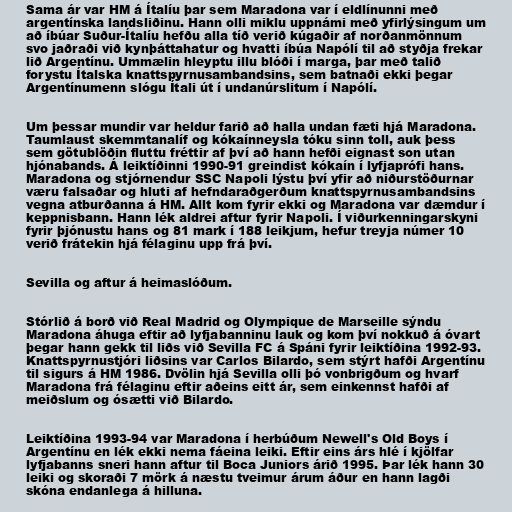
Sama ár var HM á Ítalíu þar sem Maradona var í eldlínunni með
argentínska landsliðinu. Hann olli miklu uppnámi með yfirlýsingum um
að íbúar Suður-Ítalíu hefðu alla tíð verið kúgaðir af norðanmönnum
svo jaðraði við kynþáttahatur og hvatti íbúa Napólí til að styðja frekar
lið Argentínu. Ummælin hleyptu illu blóði í marga, þar með talið
forystu Ítalska knattspyrnusambandsins, sem batnaði ekki þegar
Argentínumenn slógu Ítali út í undanúrslitum í Napólí.

Um þessar mundir var heldur farið að halla undan fæti hjá Maradona.
Taumlaust skemmtanalíf og kókaínneysla tóku sinn toll, auk þess
sem götublöðin fluttu fréttir af því að hann hefði eignast son utan
hjónabands. Á leiktíðinni 1990-91 greindist kókaín í lyfjaprófi hans.
Maradona og stjórnendur SSC Napoli lýstu því yfir að niðurstöðurnar
væru falsaðar og hluti af hefndaraðgerðum knattspyrnusambandsins
vegna atburðanna á HM. Allt kom fyrir ekki og Maradona var dæmdur í
keppnisbann. Hann lék aldrei aftur fyrir Napoli. Í viðurkenningarskyni
fyrir þjónustu hans og 81 mark í 188 leikjum, hefur treyja númer 10
verið frátekin hjá félaginu upp frá því.

Sevilla og aftur á heimaslóðum.

Stórlið á borð við Real Madrid og Olympique de Marseille sýndu
Maradona áhuga eftir að lyfjabanninu lauk og kom því nokkuð á óvart
þegar hann gekk til liðs við Sevilla FC á Spáni fyrir leiktíðina 1992-93.
Knattspyrnustjóri liðsins var Carlos Bilardo, sem stýrt hafði Argentínu
til sigurs á HM 1986. Dvölin hjá Sevilla olli þó vonbrigðum og hvarf
Maradona frá félaginu eftir aðeins eitt ár, sem einkennst hafði af
meiðslum og ósætti við Bilardo.

Leiktíðina 1993-94 var Maradona í herbúðum Newell's Old Boys í
Argentínu en lék ekki nema fáeina leiki. Eftir eins árs hlé í kjölfar
lyfjabanns sneri hann aftur til Boca Juniors árið 1995. Þar lék hann 30
leiki og skoraði 7 mörk á næstu tveimur árum áður en hann lagði
skóna endanlega á hilluna.